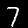
Label: 7